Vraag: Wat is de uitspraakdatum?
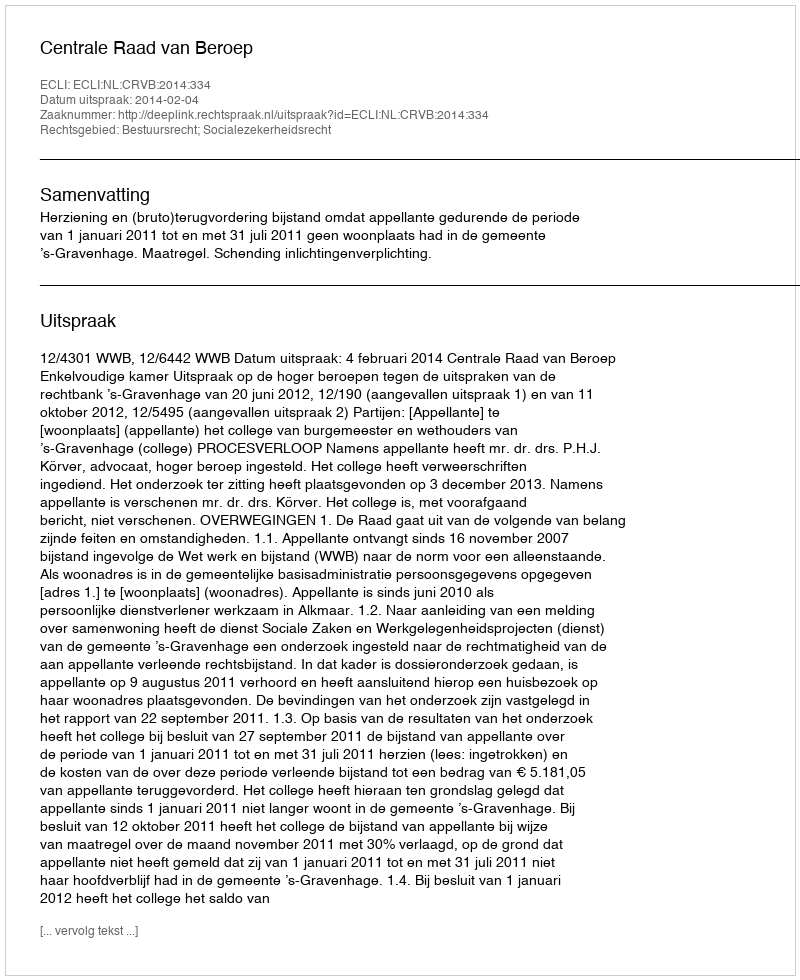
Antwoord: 2014-02-04